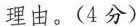
理由。(4分)